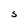
Character: S